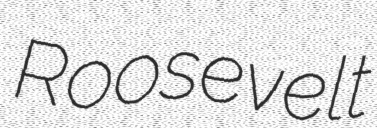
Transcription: Roosevelt